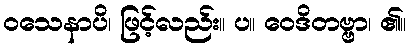
ဝသေနာပိ၊ ဖြင့်လည်း။ ပ။ ဝေဒိတဗ္ဗာ၊ ၏။